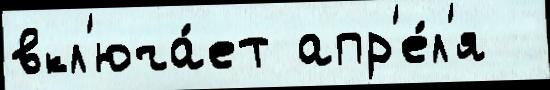
вкл'юча́ет апр'е́л'я